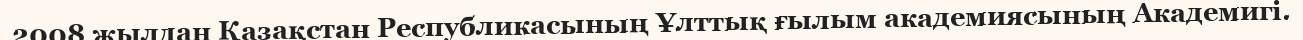
2008 жылдан Қазақстан Республикасының Ұлттық ғылым академиясының Академигі.